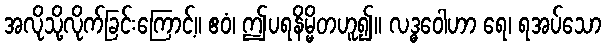
အလိုသို့လိုက်ခြင်းကြောင့်။ ဧဝံ၊ ဤပရနိမ္မိတဟူ၍။ လဒ္ဓဝေါဟာ ရေ၊ ရအပ်သော